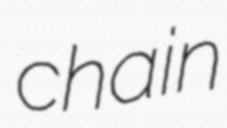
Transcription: chain